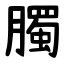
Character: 臅